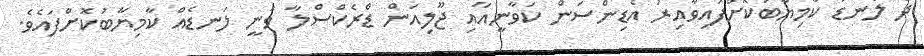
ދެ ލަނޑު ކާމިޔާބުކޮށްފައިވާއިރު އެޑިންސަން ކަވާނީއާއި ޖޫލިއަން ޑްރެކްސްލާ ވަނީ ލަނޑެއް ކާމިޔާބުކޮށްފައެވެ.